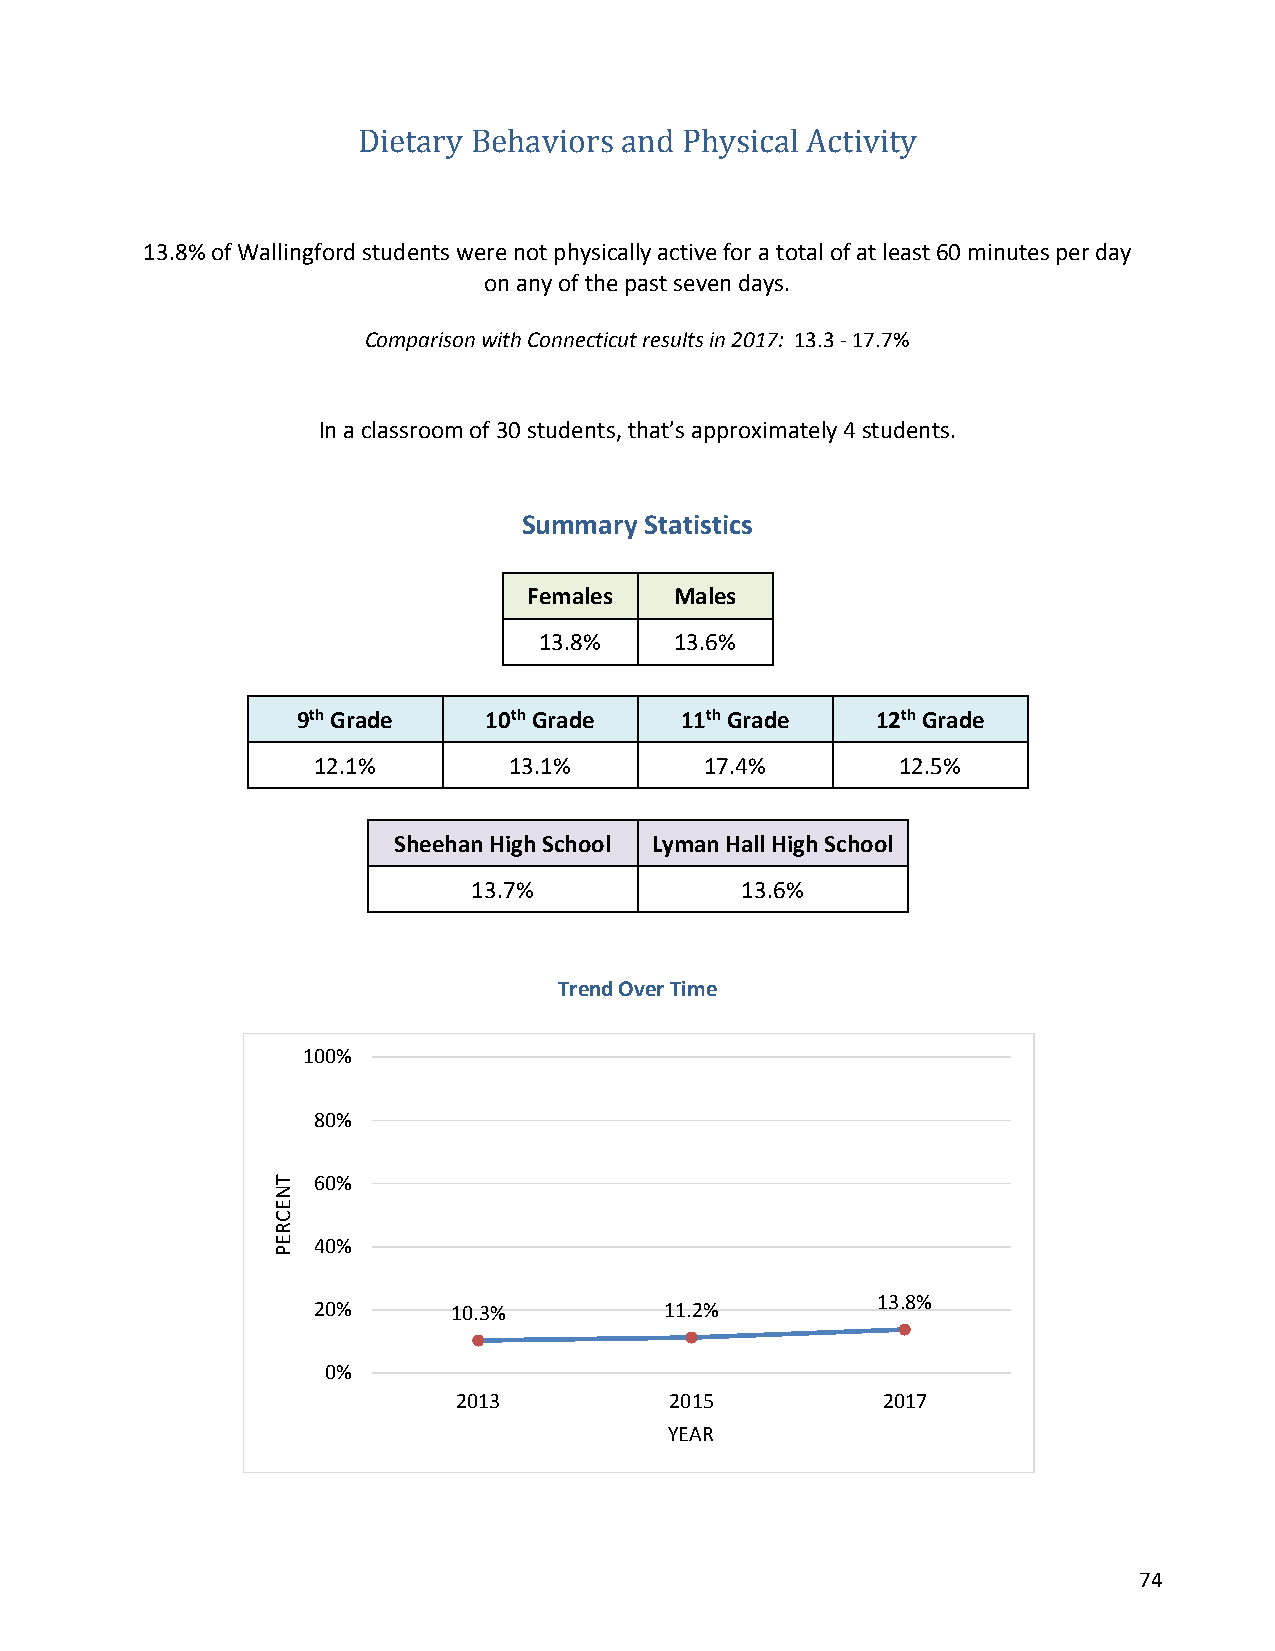
Dietary Behaviors and Physical Activity
 13.8% of Wallingford students were not physically active for a total of at least 60 minutes per day
 on any of the past seven days.
 Comparison with Connecticut results in 2017: 13.3 - 17.7%
 In a classroom of 30 students, that’s approximately 4 students.
 Summary Statistics
 Females   Males
 13.8%    13.6%
 9th Grade   10th Grade   11th Grade   12th Grade
 12.1%        13.1%        17.4%        12.5%
 Sheehan High School Lyman Hall High School
 13.7%             13.6%
 Trend Over Time
 100%
 80%
 60%
 40%
 13.8%
 20%      10.3%         11.2%
 0%
 2013          2015          2017
 YEAR
 74
 TNECREP